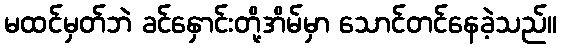
မထင်မှတ်ဘဲ ခင်နှောင်းတို့အိမ်မှာ သောင်တင်နေခဲ့သည်။